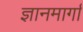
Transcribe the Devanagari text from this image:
ज्ञानमार्गा